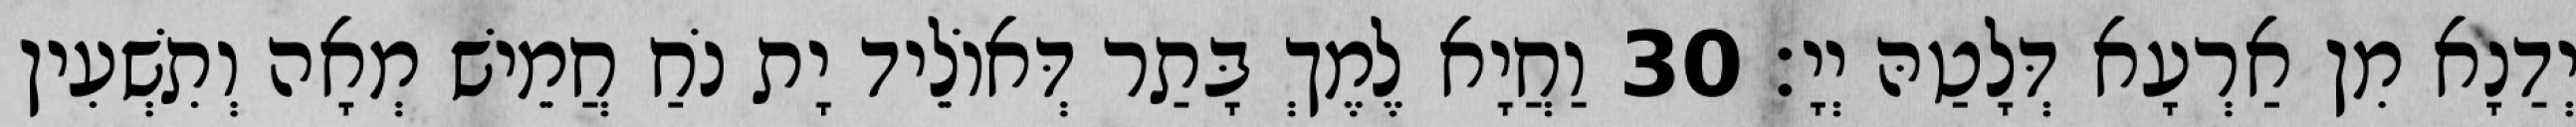
יְדַנָא מִן אַרְעָא דְּלָטַהּ יְיָ׃ 30 וַחֲיָא לֶמֶךְ בָּתַר דְּאוֹלֵיד יָת נֹחַ חֲמֵישׁ מְאָה וְתִשְׁעִין